Indian journal of veterinary science and animal husbandry - Volumes 15-17, 1948-1951
Year: 1948
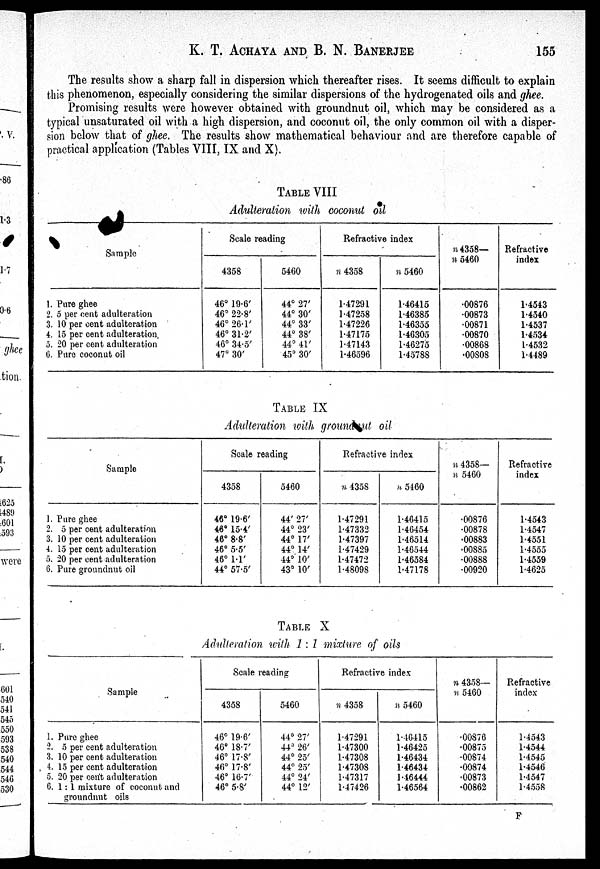
K. T. ACHAYA AND B. N.
BANERJEE
155
The results show a sharp fall in dispersion which thereafter rises. It seems difficult to explain
this phenomenon, especially considering the similar dispersions of the hydrogenated oils and ghee.
Promising results were however obtained with groundnut oil, which may be considered as a
typical unsaturated oil with a high dispersion, and coconut oil, the only common oil with a disper-
sion below that of ghee. The results show mathematical behaviour and are therefore capable of
practical application (Tables VIII, IX and X).
TABLE VIII
Adulteration with coconut oil
Sample
1. Pure ghee
2. 5 per cent adulteration
3. 10 per cent adulteration
4. 15 per cent adulteration.
5. 20 per cent adulteration
6. Pure coconut oil
Scale reading
4358
46° 19.6'
46° 22.8'
46° 26.1'
46° 31.2'
46° 34.5'
47° 30'
5460
44° 27'
44° 30'
44° 33'
44° 38'
44° 41'
45° 30'
Refractive index
n 4358
1.47291
1.47258
1.47226
1.47175
1.47143
1.46596
n 5460
1.46415
1.46385
1.46355
1.46305
1.46275
1.45788
n4358—
n 5460
.00876
.00873
.00871
.00870
.00868
.00808
Refractive
index
1.4543
1.4540
1.4537
1.4534
1.4532
1.4489
TABLE IX
Adulteration with ground nut oil
Sample
1. Pure ghee
2. 5 per cent adulteration
3. 10 per cent adulteration
4. 15 per cent adulteration
5. 20 per cent adulteration
6. Pure groundnut oil
Scale reading
4358
46° 19.6'
46° 15.4'
46° 8.8'
46° 5.5'
46° 1.1'
44° 57.5'
5460
44' 27'
44° 23'
44° 17'
44° 14'
44° 10'
43° 10'
Refractive index
n 4358
1.47291
1.47332
1.47397
1.47429
1.47472
1.48098
n5460
1.46415
1.46454
1.46514
1.46544
1.46584
1.47178
n 4358—
n 5460
.00876
.00878
.00883
.00885
.00888
.00920
Refractive
index
1.4543
1.4547
1.4551
1.4555
1.4559
1.4625
TABLE X
Adulteration with 1 : 1 mixture of oils
Sample
1. Pure ghee
2. 5 per cent adulteration
3. 10 per cent adulteration
4. 15 per cent adulteration
5. 20 per cent adulteration
6. 1:1 mixture of coconut and
groundnut oils
Scale reading
4358
46° 19.6'
46° 18.7'
46° 17.8'
46° 17.8'
46° 16.7'
46° 5.8'
5460
44° 27'
44° 26'
44° 25'
44° 25'
44° 24'
44° 12'
Refractive index
n 4358
1.47291
1.47300
1.47308
1.47308
1.47317
1.47426
n 5460
1.46415
1.46425
1.46434
1.46434
1.46444
1.46564
n 4358—
n 5460
.00876
.00875
.00874
.00874
.00873
.00862
Refractive
index
1.4543
1.4544
1.4545
1.4546
1.4547
1.4558
F